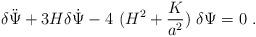
LaTeX: \begin{align*}\delta \ddot{\Psi} + 3 H \delta \dot{\Psi} -4~(H^2+\frac{K}{a^2})~\delta \Psi=0 \ .\end{align*}